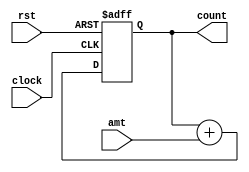
`timescale 1ns / 1ps

module scoreCounter(
		input clock,
		input rst,
//		input [7:0] prevCount,
		input [3:0] amt,
		output reg [7:0] count
    );

always @ (posedge clock or posedge rst)
begin
	if(rst)
	begin
		count <= 8'b0;
	end
	else
	begin
		count <= (count + amt);
	end

end
endmodule